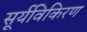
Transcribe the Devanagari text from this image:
सूर्यविकिरण